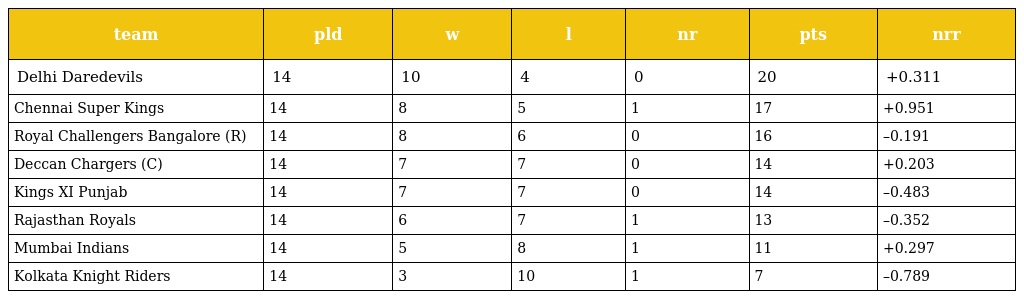
| team | pld | w | l | nr | pts | nrr |
 | --- | --- | --- | --- | --- | --- | --- |
 | Delhi Daredevils | 14 | 10 | 4 | 0 | 20 | +0.311 |
 | Chennai Super Kings | 14 | 8 | 5 | 1 | 17 | +0.951 |
 | Royal Challengers Bangalore (R) | 14 | 8 | 6 | 0 | 16 | –0.191 |
 | Deccan Chargers (C) | 14 | 7 | 7 | 0 | 14 | +0.203 |
 | Kings XI Punjab | 14 | 7 | 7 | 0 | 14 | –0.483 |
 | Rajasthan Royals | 14 | 6 | 7 | 1 | 13 | –0.352 |
 | Mumbai Indians | 14 | 5 | 8 | 1 | 11 | +0.297 |
 | Kolkata Knight Riders | 14 | 3 | 10 | 1 | 7 | –0.789 |